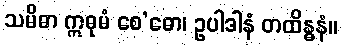
သမိဓာ ဣဓုမံ စေ’ဓော၊ ဥပါဒါနံ တထိန္ဓနံ။